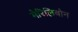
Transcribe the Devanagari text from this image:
मेरिलिबोन